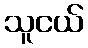
သူငယ်